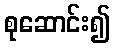
စုဆောင်း၍